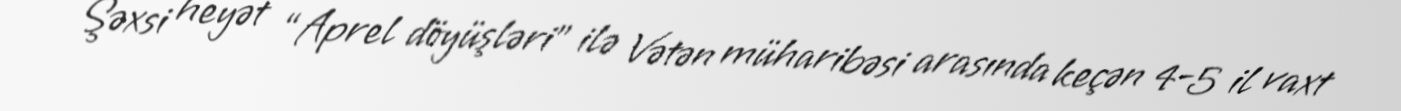
Şəxsi heyət “Aprel döyüşləri” ilə Vətən müharibəsi arasında keçən 4-5 il vaxt